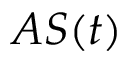
A S ( t )